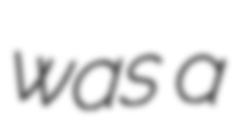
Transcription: was a